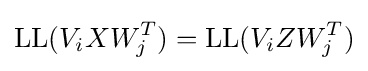
{\text{LL}}(V_{i}XW_{j}^{T})={\text{LL}}(V_{i}ZW_{j}^{T})